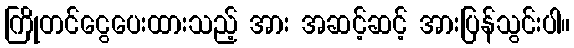
ကြိုတင်ငွေပေးထားသည့် အား အဆင့်ဆင့် အားပြန်သွင်းပါ။